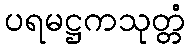
ပရမဋ္ဌကသုတ္တံ